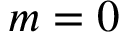
m = 0